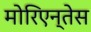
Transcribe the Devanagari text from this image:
मोरिएन्तेस